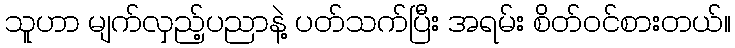
သူဟာ မျက်လှည့်ပညာနဲ့ ပတ်သက်ပြီး အရမ်း စိတ်ဝင်စားတယ်။